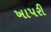
ખાપરી